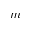
m